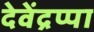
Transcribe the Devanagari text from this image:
देवेंद्रप्पा